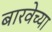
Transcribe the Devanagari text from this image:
बारवेच्या